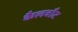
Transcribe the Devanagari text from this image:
कैलबौट